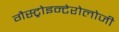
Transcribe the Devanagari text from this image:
गैस्ट्रोइन्टेरोलोजी